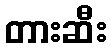
တားဆီး